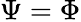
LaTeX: \Psi=\Phi